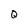
Character: Q